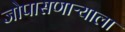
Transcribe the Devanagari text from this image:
जोपासणाऱ्याला